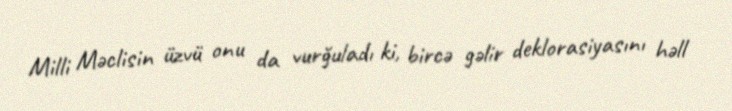
Milli Məclisin üzvü onu da vurğuladı ki, bircə gəlir deklorasiyasını həll